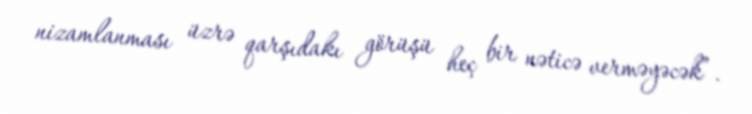
nizamlanması üzrə qarşıdakı görüşü heç bir nəticə verməyəcək”.